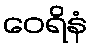
ဝေရိနံ